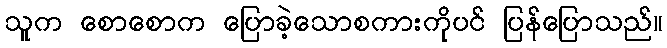
သူက စောစောက ပြောခဲ့သောစကားကိုပင် ပြန်ပြောသည်။